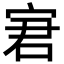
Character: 宭